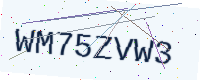
Text: WM75ZVW3